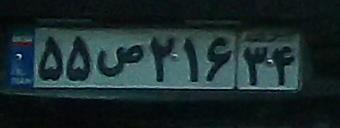
۵۵ص۲۱۶۳۴